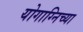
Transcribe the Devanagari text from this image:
योगाग्निच्या